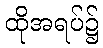
ထိုအရပ်၌